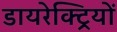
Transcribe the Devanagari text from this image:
डायरेक्ट्रियों